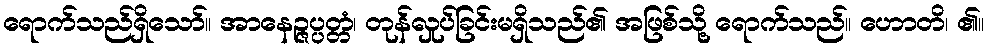
ရောက်သည်ရှိသော်။ အာနေဉ္ဇပ္ပတ္တံ၊ တုန်လှုပ်ခြင်းမရှိသည်၏ အဖြစ်သို့ ရောက်သည်။ ဟောတိ၊ ၏။